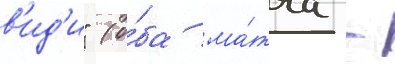
в'ид'и" (о́ба ма́тча -